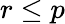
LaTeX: r\leq p